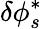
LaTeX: \delta\phi_{s}^{*}